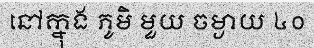
នៅក្នុង ភូមិ មួយ ចម្ងាយ ៤០